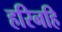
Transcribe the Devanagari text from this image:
हरिनहि